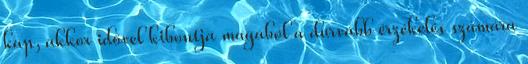
kap, akkor idővel kibontja magából a durvább érzékelés számára